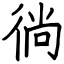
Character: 徜